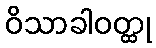
ဝိသာခါဝတ္ထု